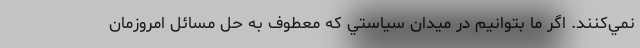
نمي‌كنند. اگر ما بتوانيم در ميدان سياستي كه معطوف به حل مسائل امروزمان